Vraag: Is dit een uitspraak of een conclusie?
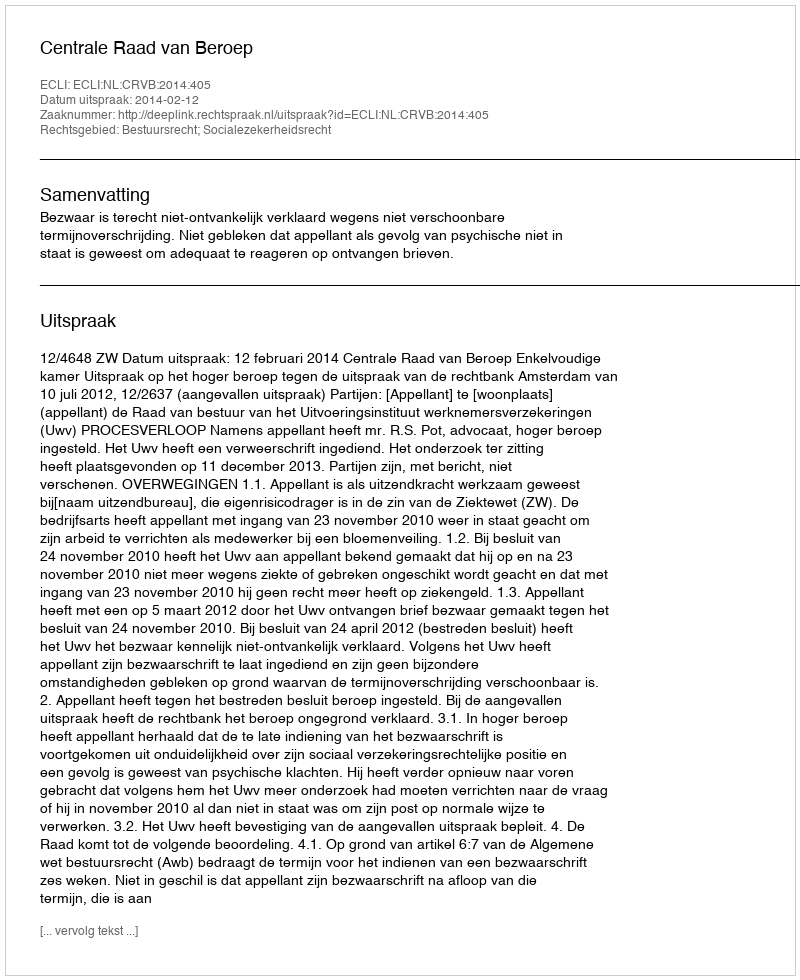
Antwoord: Uitspraak